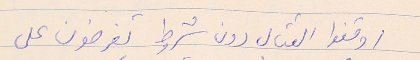
اوقفوا القتال دون شروط تفرضون على